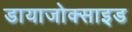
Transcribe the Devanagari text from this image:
डायाजोक्साइड